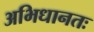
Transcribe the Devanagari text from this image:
अभिधानतः